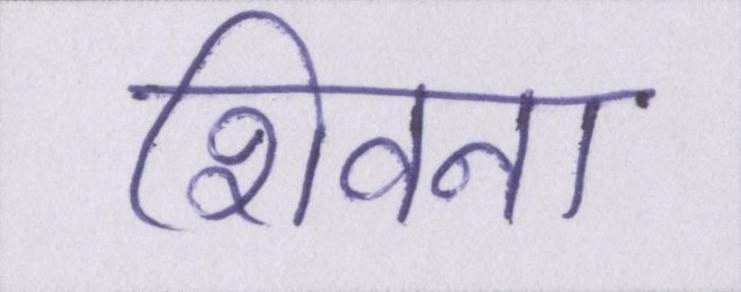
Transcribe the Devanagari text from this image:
शिवना